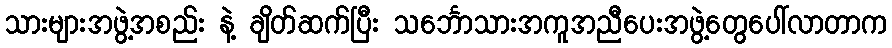
သားများအဖွဲ့အစည်း နဲ့ ချိတ်ဆက်ပြီး သင်္ဘောသားအကူအညီပေးအဖွဲ့တွေပေါ်လာတာက